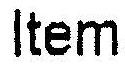
ITEM